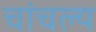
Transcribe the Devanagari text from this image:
चांचल्य